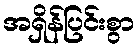
အရှိန်ပြင်းစွာ